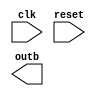

module bidirec_intf (clk, reset, outb) ;
    input clk ; 
    output outb ; 
    input reset ; 
    (* src="/nfs_scratch/zafar/FPGA_PRIMITIVE_TEST_CASE/IO_BUFS/bidirec_intf.sv:31" *) wire Ta_in ; 
    (* src="/nfs_scratch/zafar/FPGA_PRIMITIVE_TEST_CASE/IO_BUFS/bidirec_intf.sv:32" *) wire Tb_in ; 
    (* src="/nfs_scratch/zafar/FPGA_PRIMITIVE_TEST_CASE/IO_BUFS/bidirec_intf.sv:4", src="/nfs_scratch/zafar/FPGA_PRIMITIVE_TEST_CASE/IO_BUFS/bidirec_intf.sv:4" *) wire clk ; 
    (* src="/nfs_scratch/zafar/FPGA_PRIMITIVE_TEST_CASE/IO_BUFS/bidirec_intf.sv:24" *) wire in_a_in ; 
    (* src="/nfs_scratch/zafar/FPGA_PRIMITIVE_TEST_CASE/IO_BUFS/bidirec_intf.sv:25" *) wire in_b_in ; 
    (* src="/nfs_scratch/zafar/FPGA_PRIMITIVE_TEST_CASE/IO_BUFS/bidirec_intf.sv:28" *) wire outa_in ; 
    (* src="/nfs_scratch/zafar/FPGA_PRIMITIVE_TEST_CASE/IO_BUFS/bidirec_intf.sv:18", src="/nfs_scratch/zafar/FPGA_PRIMITIVE_TEST_CASE/IO_BUFS/bidirec_intf.sv:18" *) wire outb ; 
    (* src="/nfs_scratch/zafar/FPGA_PRIMITIVE_TEST_CASE/IO_BUFS/bidirec_intf.sv:29" *) wire outb_in ; 
    (* src="/nfs_scratch/zafar/FPGA_PRIMITIVE_TEST_CASE/IO_BUFS/bidirec_intf.sv:5", src="/nfs_scratch/zafar/FPGA_PRIMITIVE_TEST_CASE/IO_BUFS/bidirec_intf.sv:5" *) wire reset ; 
    assign outb = 1'bx ; 
endmodule